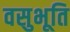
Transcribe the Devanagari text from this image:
वसुभूति